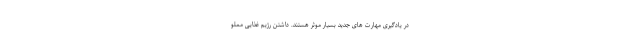
در یادگیری مهارت های جدید بسیار موثر هستند. داشتن رژیم غذایی مملو